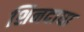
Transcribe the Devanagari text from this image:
शिनदाघा